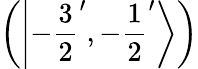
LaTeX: \left(\left|-{\frac{3}{2}}^{\prime},-{\frac{1}{2}}^{\prime}\right\rangle\right)